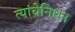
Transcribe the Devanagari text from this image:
त्यांचेनिधन